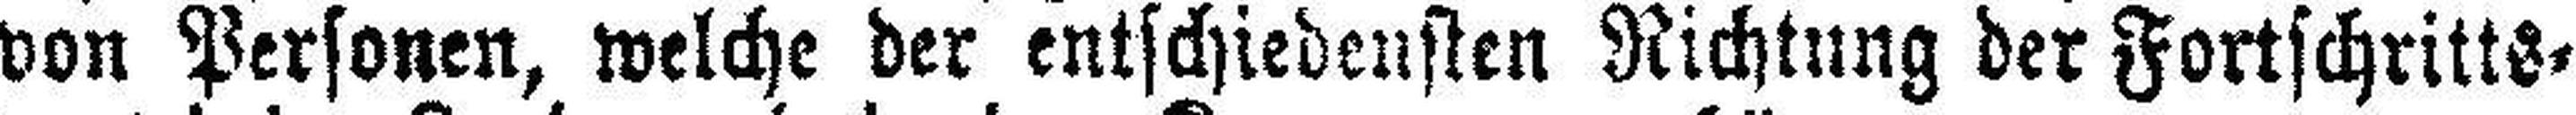
von Personen, welche der entschiedensten Richtung der Fortschritts¬